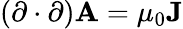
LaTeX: (\mathbf{\partial}\cdot\mathbf{\partial})\mathbf{A}=\mu_{0}\mathbf{J}